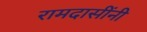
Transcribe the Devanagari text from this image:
रामदासींनी